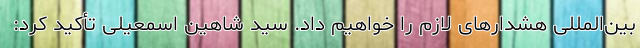
بین‌المللی هشدارهای لازم را خواهیم داد. سید شاهین اسمعیلی تأکید کرد: